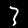
Label: 3